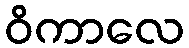
ဝိကာလေ